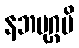
နဘမုဂ္ဂမိ